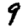
Digit: 9